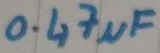
Text: 0.47µF